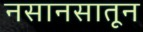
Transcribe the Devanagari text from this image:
नसानसातून